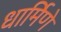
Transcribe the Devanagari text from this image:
धार्मिणे